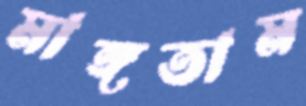
মাঙ্গতাম